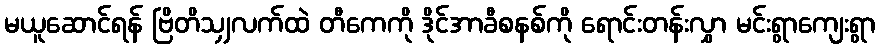
မယူဆောင်ရန် ဗြိတိသျှလက်ထဲ တီကေကို ဒိုင်အာခီစနစ်ကို ရောင်းတန်းလွှာ မင်းရွာကျေးရွာ